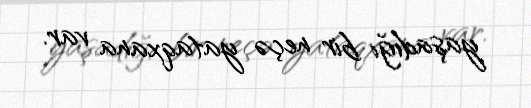
yaşadığı bir neçə yataqxana var.